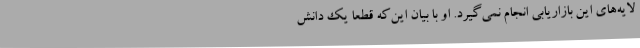
لایه‌های این بازاریابی انجام نمی‌گیرد. او با بیان این‌که قطعا یک دانش